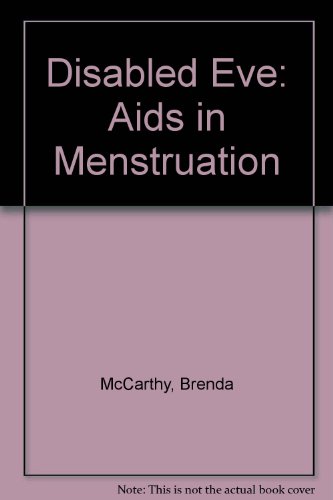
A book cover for Disabled Eve: Aids in Menstruation; Brenda McCarthy; Health, Fitness & Dieting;